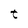
Character: t